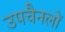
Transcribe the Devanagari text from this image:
उपचैनलों